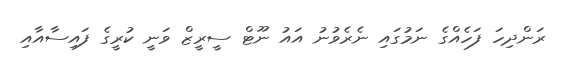
ރަންދިހަ ފަހެއްގެ ނަމުގައި ނެރެވުނު އައު ނޫޓް ސީރީޒް ވަނީ ކުރީގެ ފައިސާއާއި